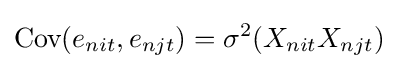
{\text{Cov}}(e_{nit},e_{njt})=\sigma ^{2}(X_{nit}X_{njt})